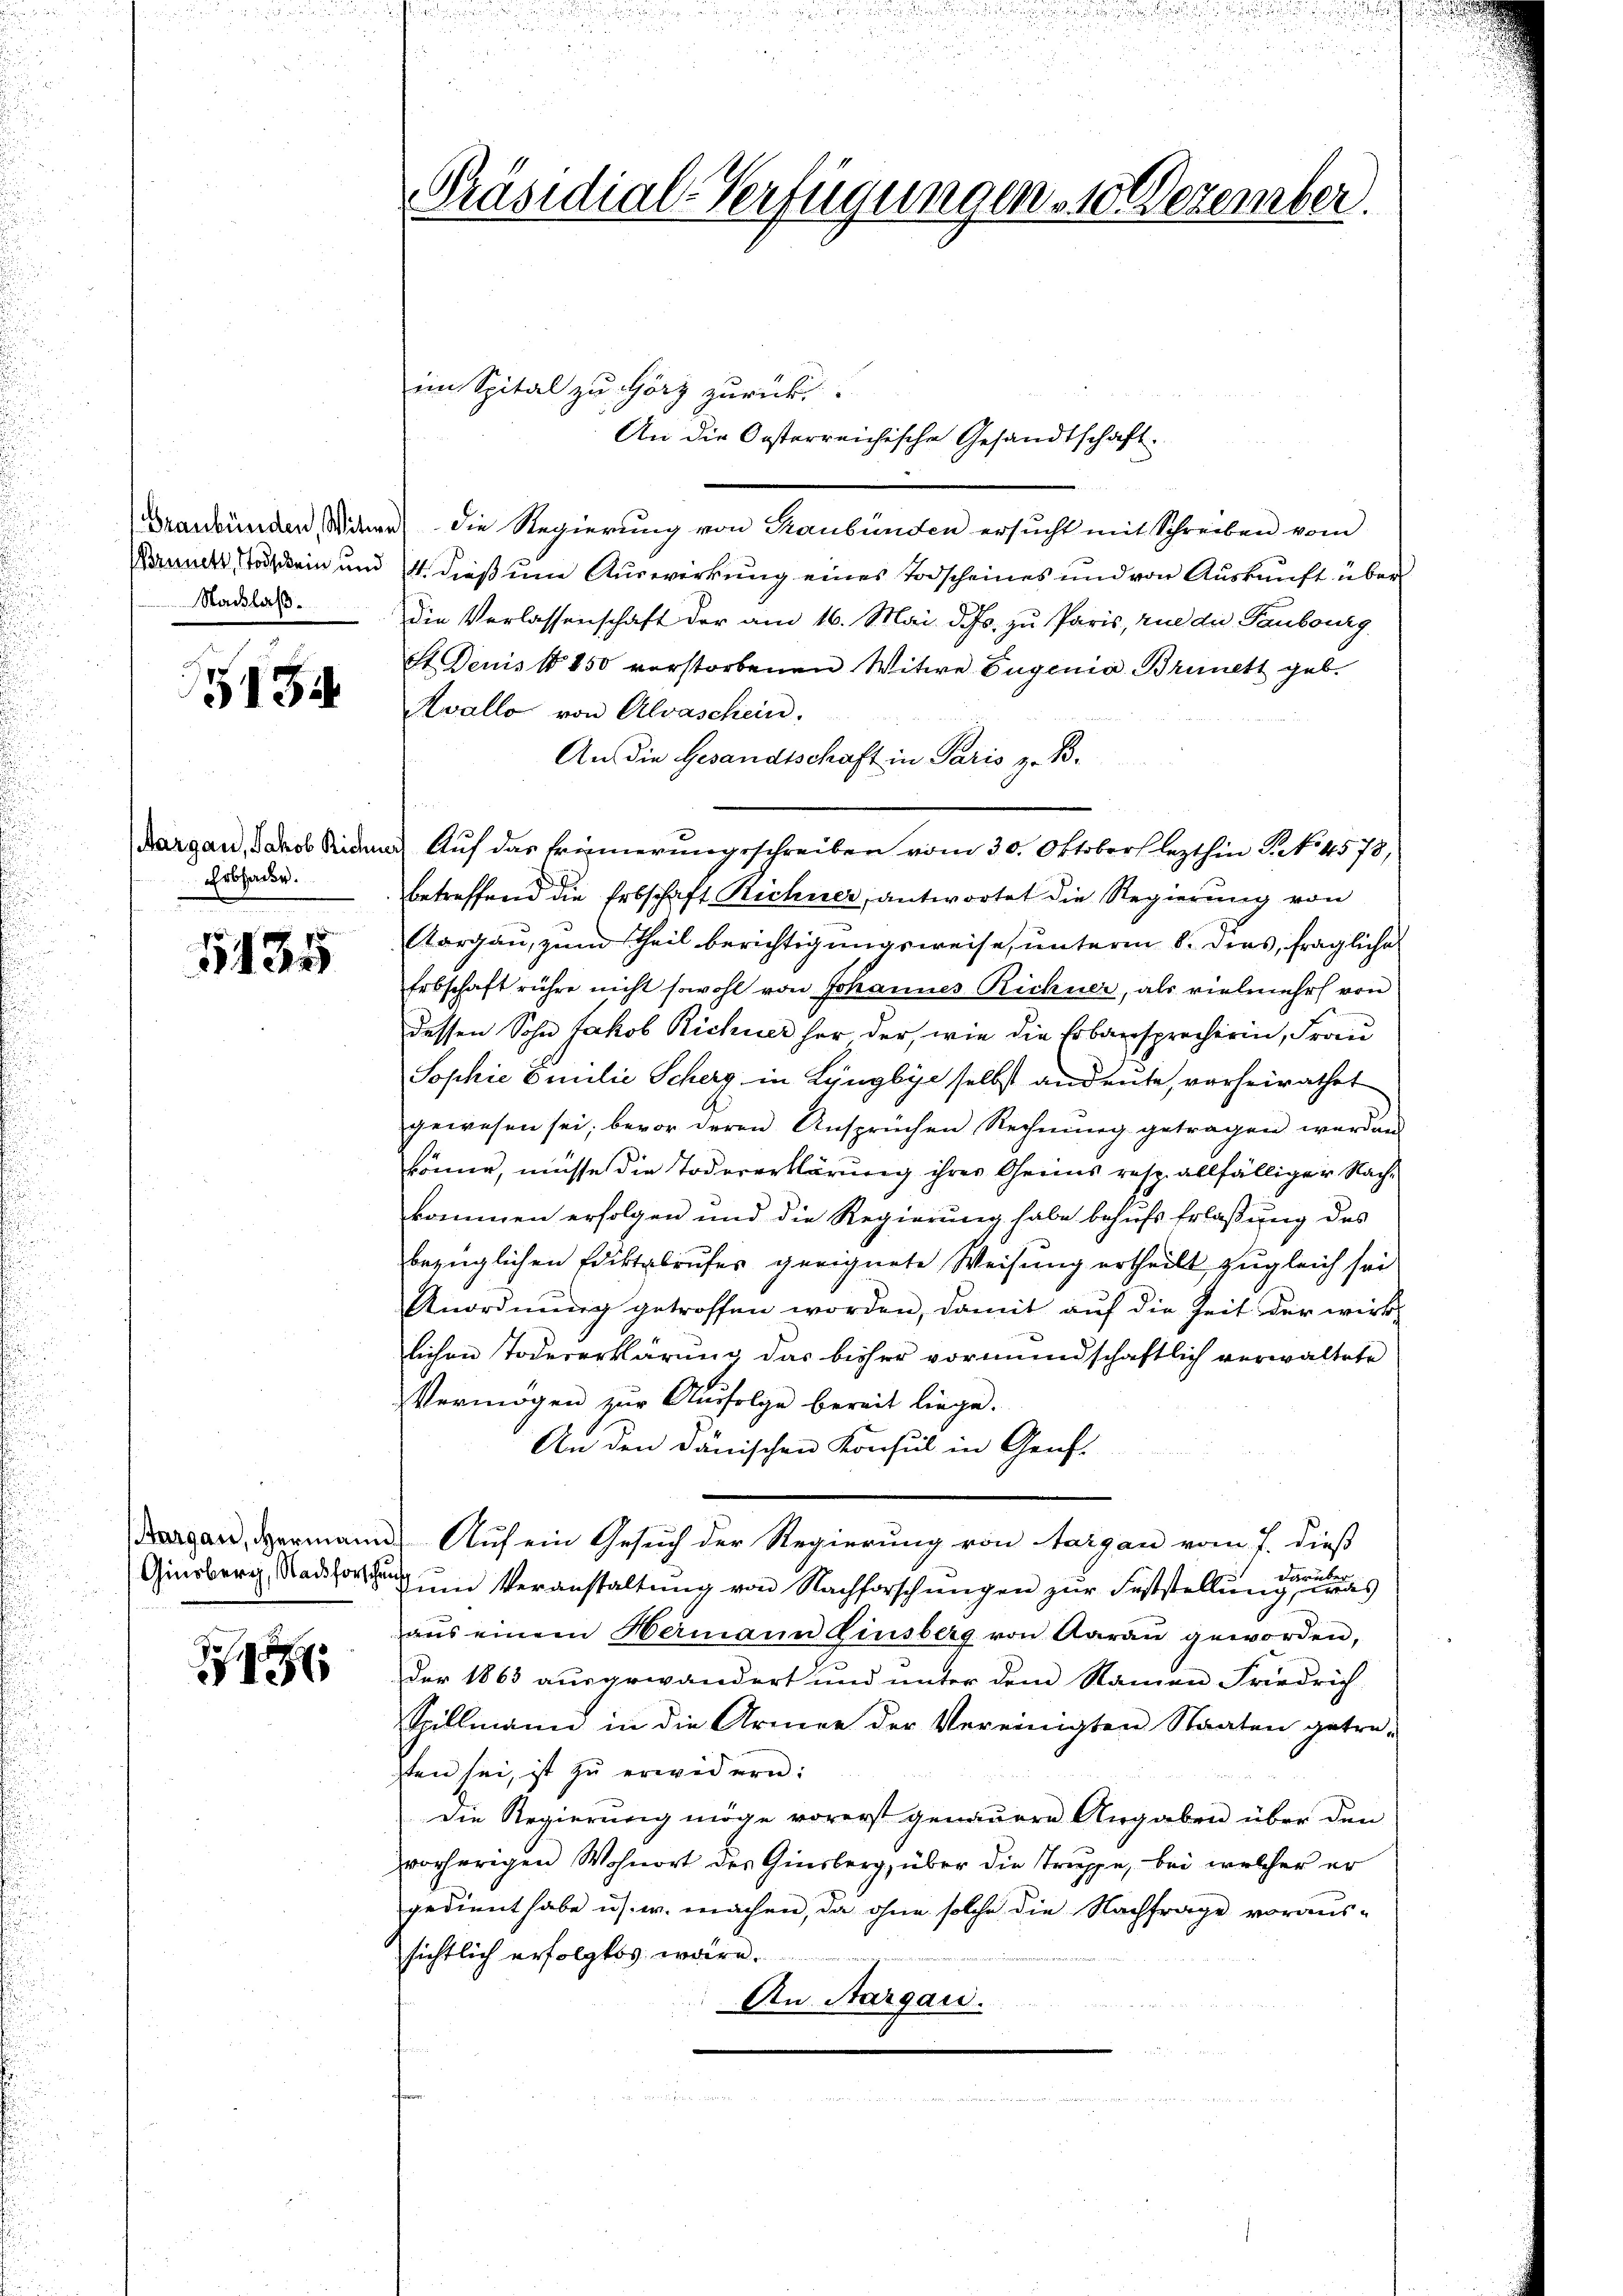
Stadlaß.

5134

Erbhacke.

1135

1

im Spital zu Görz zurück.
An die Oesterreichische Gesandtschaft.
Graubünden Wie die Regierung von Graubünden ersŭcht mit Schreiben vom
Bruners Tod ein und 4. dieß um Auswirkung eines Todscheines und von Auskunft über
die Verlassenschaft der am 16. Mai d. Js. zu Paris, une die Taubourg
dt. Denis 1850 vorstorbenen Witwe Eugenia Brunett geb.
Kvalle von Alvaschein.
An die Gesandtschaft in Paris z. B.
Aargau, Jakob Seiden Auf das Erinnerungsschreiben vom 30. Oktober lezthin P. Nr. 4578,
betreffend die Erbschaft Richner, antwortet die Regierung von
Aargau, zum theil berichtigungsweise, unterm 8. dies, fragliche
Erbschaft rühre nicht sowohl von Johannes Richner, als vielmehr von
dessen Sohn Jakob Richner her der, wie die Erbansprecherin, Frau
Sophie Emilie Scherg in Lyngbye selbst andeute, vorheirathet
gewesen sei, bevor deren Ansprüchen Rechnung getragen werden.
könne, müsse die Todeserklärung ihrer Genus resp. allfälliger Nachkommen erfolgen und die Regierung habe behufs Erlaßung des
bezüglichen Ediktalaufes geeignete Weisung ertheilt zugleich sei
Anordnung getroffen worden, damit auf die Zeit der wirk-
lichen Todeserklärung das bisher vormundschaftlich verwaltete
Vermögen zur Ausfolge bereit liege.
An den dänischen Konsul in Genf
Bergan, dermann. Auf ein Gesuch der Regierung von Aargau vom 7. dieß
Ginsberg, Stadtortung um Veranstaltung von Nachforschungen zur Feststellung eine s
aus einem Hermann Zinsberg von Aarau geworden,
Der 1863 ausgewandert und unter dem Namen Friedrich
Spillmann in die Armee der Vereinigten Staaten getre-
sten sei, ist zu erwidern:
Die Regierung möge vorerst genauere Angaben über den
vorherigen Wohnort der Ginsberg, über die Truppe, bei welcher er
gedient habe u.s. w. machen, da ohne solche die Nachfrage voraus-
sichtlich erfolgtes wäre.
An Aargau.

Präsidial-Verfügungen 10 Dezember.